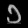
Digit: ၁